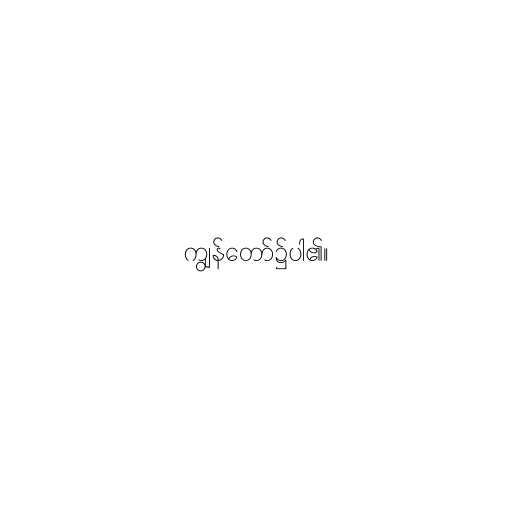
ကျွန်တော်၌ပါ၏။